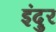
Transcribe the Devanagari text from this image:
इंदुर